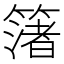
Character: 𮆑